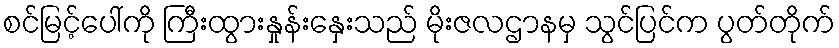
စင်မြင့်ပေါ်ကို ကြီးထွားနှုန်းနှေးသည် မိုးဇလဌာနမှ သွင်ပြင်က ပွတ်တိုက်